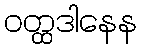
ဝတ္ထဒါနေန